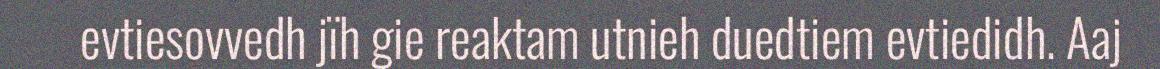
evtiesovvedh jïh gie reaktam utnieh duedtiem evtiedidh. Aaj